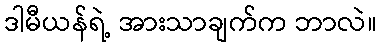
ဒါမီယန်ရဲ့ အားသာချက်က ဘာလဲ။